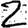
Digit: 2